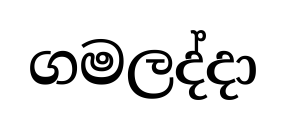
ගමලද්දා